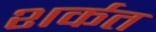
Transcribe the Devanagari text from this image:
शर्कत